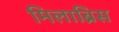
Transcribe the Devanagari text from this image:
मिलाब्रिस